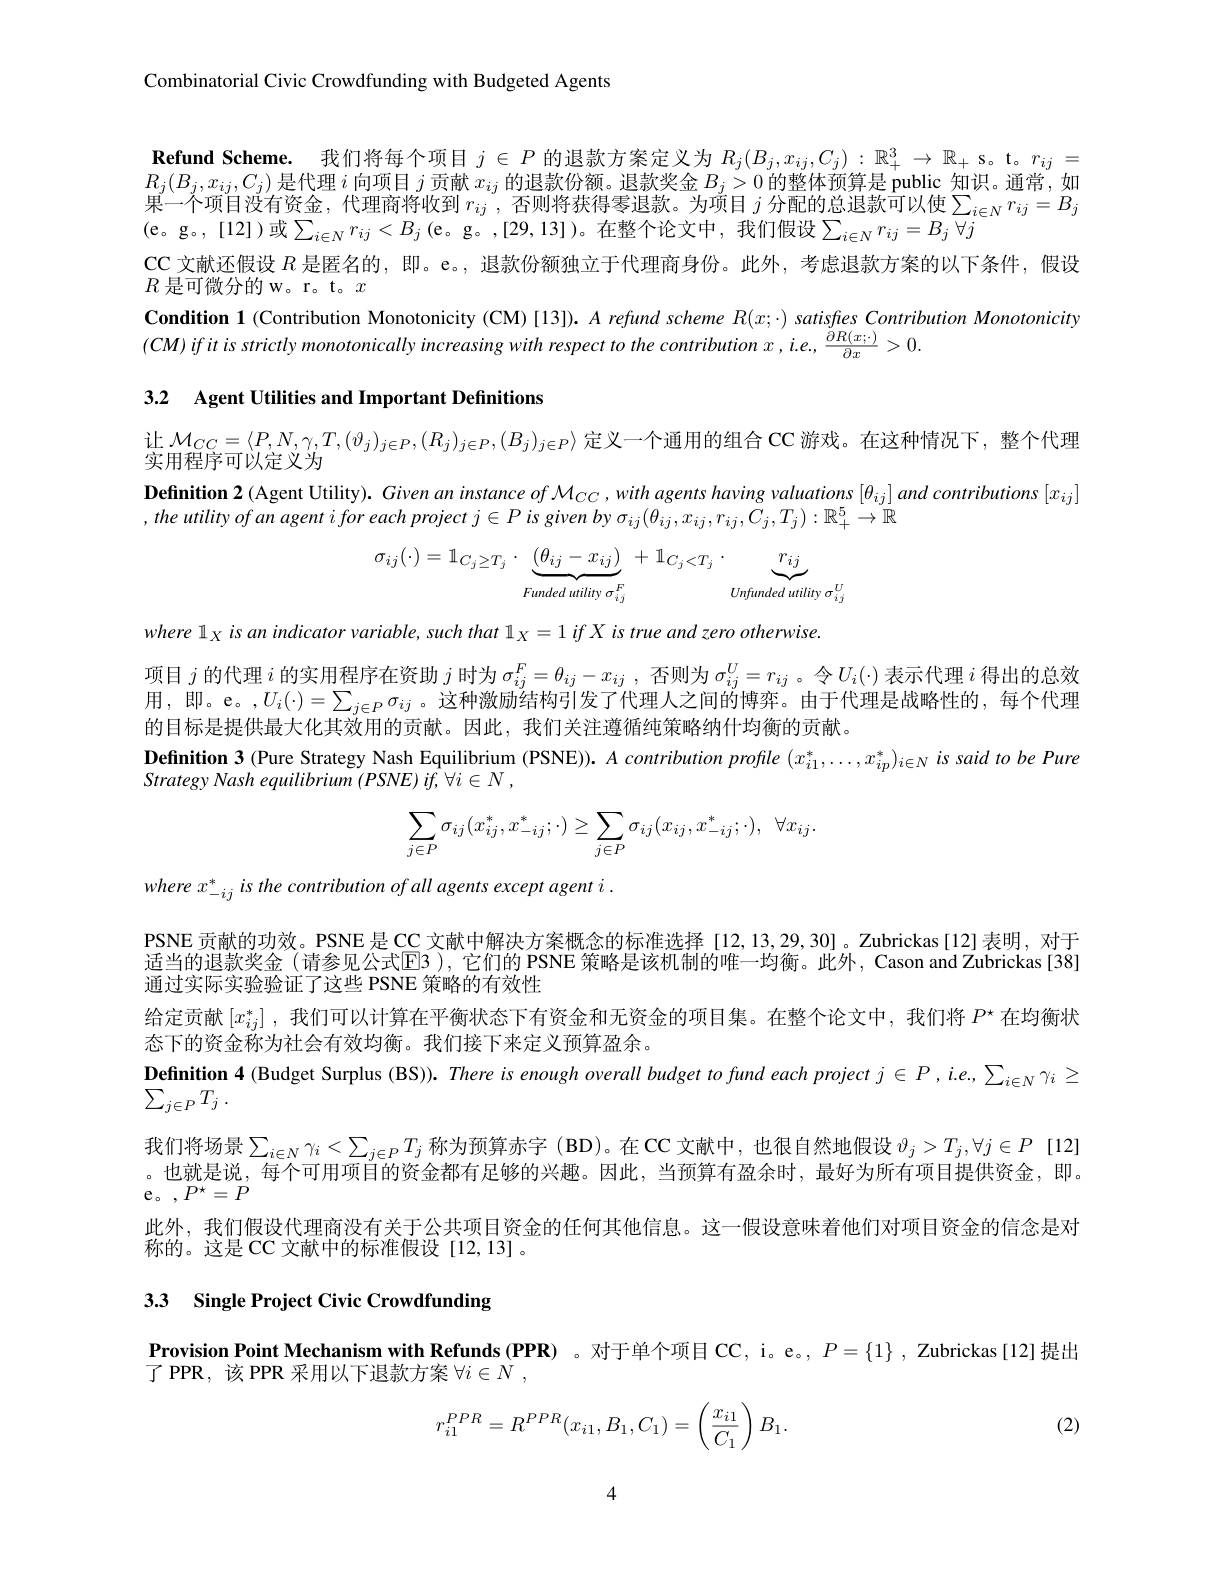
Combinatorial Civic Crowdfunding with Budgeted Agents

$\textbf{Refund Scheme. 我 们 将 每 个 项 目 }j\in P$的退款方案定义为$R_j(B_j,x_{ij},C_j):\mathbb{R}_+^3\to\mathbb{R}_+$ s。t。$r_ij=$ $R_{j}(B_{j},x_{ij},C_{j})$是代理$i$向项目$j$贡献$x_ij$的退款份额。退款奖金$B_j>0$的整体预算是 public 知识。通常，如果一个项目没有资金，代理商将收到$r_ij$ ,否则将获得零退款。为项目$j$分配的总退款可以使$\sum_i\in Nr_{ij}=B_j$ (e。g。,[12])或$\sum_i\in Nr_{ij}<B_j($e。g。,[29,13])。在整个论文中，我们假设$\sum_i\in Nr_{ij}=B_j\forall j$
CC文献还假设$R$是匿名的，即。e。, 退款份额独立于代理商身份。此外，考虑退款方案的以下条件，假设
$R$是可微分的 w。r。t。$x$
Condition 1 (Contribution Monotonicity (CM)[13]). A refund scheme $R(x;\cdot)$ satisfes Contribution Monotonicity
$(CM)$ if it is strictly monotonically increasing with respect to the contribution $x,i.e.,\frac{\partial R(x;\cdot)}{\partial x}>0.$

3.2 Agent Utilities and Important Definitions

$\begin{array}{l}\text{让 }\mathcal{M}_{CC}=\langle P,N,\gamma,T,(\vartheta_{j})_{j\in P},(R_{j})_{j\in P},(B_{j})_{j\in P}\rangle\text{定义一个通用的组合 CC 游戏。在这种情况下，整个代理}\\\text{实用程序可以定义为}\end{array}$

Definition 2 (Agent Utility). Given an instance of $\mathcal{M}_CC,with$ agents having valuations $[\theta_ij]$ and contributions $[x_{ij}]$
, the utility of an agent i for each project $j\in P$ is given by $\sigma_ij(\theta_{ij},x_{ij},r_{ij},C_{j},T_{j}):\mathbb{R}_+^5\to\mathbb{R}$
$$\sigma_{ij}(\cdot)=\mathbb{1}_{C_{j}\geq T_{j}}\cdot\underbrace{(\theta_{ij}-x_{ij})}_{Funded\:utility\:\sigma_{ij}^{F}}+\mathbb{1}_{C_{j}<T_{j}}\cdot\underbrace{r_{ij}}_{Unfunded\:utility\:\sigma_{ij}^{U}}$$
where lx is an indicator variable, such that l $_X= 1\textit{if X is true and zero otherwise. }$

项目$j$的代理$i$的实用程序在资助$j$时为$\sigma_ij^F=\theta_{ij}-x_{ij}$,否则为$\sigma_ij^U=r_{ij}$ 。令$U_i(\cdot)$表示代理$i$得出的总效用，即。e。,$U_i(\cdot)=\sum_{j\in P}\sigma_{ij}$。这种激励结构引发了代理人之间的博弈。由于代理是战略性的，每个代理的目标是提供最大化其效用的贡献。因此，我们关注遵循纯策略纳什均衡的贡献。
$\textbf{Definition 3 ( Pure Strategy Nash Equilibrium ( PSNE) ) . }A\textit{contribution profile }( x_{i1}^* , \ldots , x_{ip}^* ) _{i\in N}is\textit{said to be Pure}$
Strategy Nash equilibrium $( PSNE)$ $if, \forall i\in N$ ,
$$\displaystyle\sum_{j\in P}\sigma_{ij}(x_{ij}^{*},x_{-ij}^{*};\cdot)\ge\sum_{j\in P}\sigma_{ij}(x_{ij},x_{-ij}^{*};\cdot),\:\forall x_{ij}.$$
where $x_{-ij}^{*}$ is the contribution of all agents except agent i .

PSNE 贡献的功效。PSNE 是CC 文献中解决方案概念的标准选择 [12,13,29,30]。Zubrickas[12]表明，对于适当的退款奖金 (请参见公式EB ), 它们的 PSNE 策略是该机制的唯一均衡。此外，Cason and Zubrickas [38] 通过实际实验验证了这些 PSNE 策略的有效性
给定贡献$[x_{ij}^*]$ ,我们可以计算在平衡状态下有资金和无资金的项目集。在整个论文中，我们将$P^\star$在均衡状
态下的资金称为社会有效均衡。我们接下来定义预算盈余。
$\textbf{Definition 4 ( Budget Surplus ( BS) ) . There is enough overall budget to fund each project }j\in P, i. e. , \sum _{i\in N}\gamma _{i}\geq$
$\sum _{j\in P}T_j$ .
我们将场景$\sum_i\in N\gamma_i<\sum_{j\in P}T_j$ 称为预算赤字 (BD)。在 CC 文献中，也很自然地假设 $\vartheta_j>T_j,\forall j\in P$ [12] 。也就是说，每个可用项目的资金都有足够的兴趣。因此，当预算有盈余时，最好为所有项目提供资金，即。${\mathrm{e。}}$ $, P^{\star }= P$
此外，我们假设代理商没有关于公共项目资金的任何其他信息。这一假设意味着他们对项目资金的信念是对
称的。这是 CC 文献中的标准假设[12,13] 。

# 3.3 Single Project Civic Crowdfunding

Provision Point Mechanism with Refunds (PPR) 。对于单个项目 CC, i。e。, $P=\{1\}$ , Zubrickas[12]提出
了 PPR, 该 PPR 采用以下退款方案$\forall i\in N$ ,
$$r_{i1}^{PPR}=R^{PPR}(x_{i1},B_1,C_1)=\left(\frac{x_{i1}}{C_1}\right)B_1.$$
(2)

4